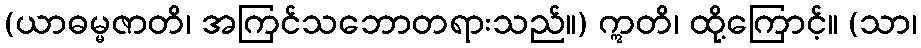
(ယာဓမ္မဇာတိ၊ အကြင်သဘောတရားသည်။) ဣတိ၊ ထို့ကြောင့်။ (သာ၊